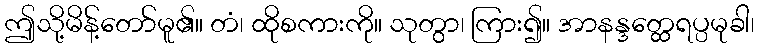
ဤသို့မိန့်တော်မူ၏။ တံ၊ ထိုစကားကို။ သုတွာ၊ ကြား၍။ အာနန္ဒတ္ထေရပ္ပမုခါ၊